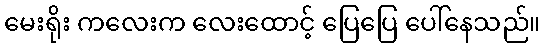
မေးရိုး ကလေးက လေးထောင့် ပြေပြေ ပေါ်နေသည်။